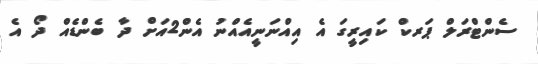
ސެންޓްރަލް ޕަރކް ކައިރީގަ އެ އިއްނަނީއެއްނު އެން2އަށް ދާ ބެންޑެއް ދޯ އެ